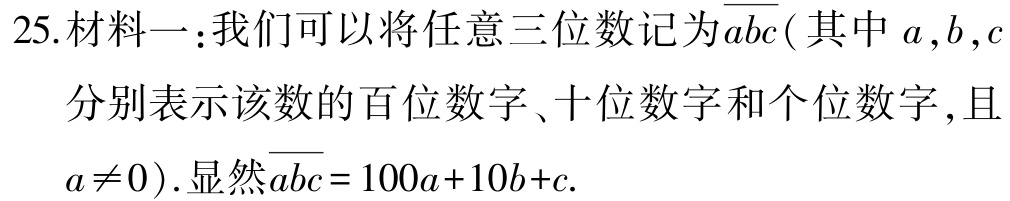
25.材料一：我们可以将任意三位数记为$\overline{abc}$( 其中$a,b,c$分别表示该数的百位数字、十位数字和个位数字,且$a\neq0$).显然$\overline{abc}=100a + 10b + c$.